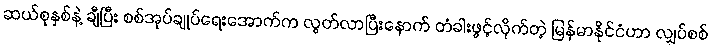
ဆယ်စုနှစ်နဲ့ ချီပြီး စစ်အုပ်ချုပ်ရေးအောက်က လွတ်လာပြီးနောက် တံခါးဖွင့်လိုက်တဲ့ မြန်မာနိုင်ငံဟာ လျှပ်စစ်